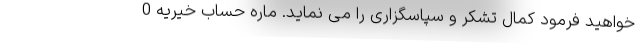
خواهید فرمود کمال تشکر و سپاسگزاری را می نماید. ماره حساب خیریه 0